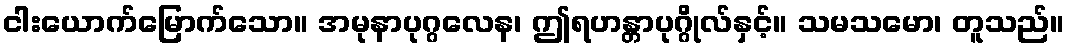
ငါးယောက်မြောက်သော။ အမုနာပုဂ္ဂလေန၊ ဤရဟန္တာပုဂ္ဂိုလ်နှင့်။ သမသမော၊ တူသည်။